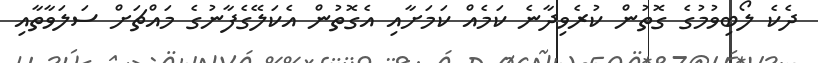
ދެކެ ލޯބިވުމުގެ ގޮތުން ކުރެވިދާނެ ކަމެއް ކަމަށާއި އެގޮތުން އެކަލޭގެފާނުގެ މައްޗަށް ސަލަވާތާއި